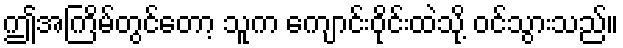
ဤအကြိမ်တွင်တော့ သူက ကျောင်းဝိုင်းထဲသို့ ဝင်သွားသည်။